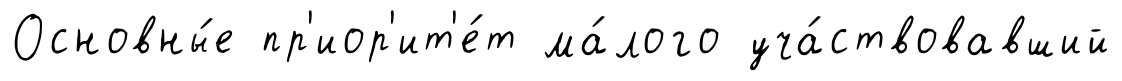
Основны́е пр'иор'ит'е́т ма́лого уча́ствовавший